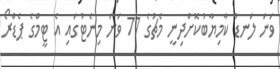
ވަނަ ލަނޑު ކާމިޔާބުކޮށްދިނީ މެޗުގެ 77 ވަނަ މިނެޓުގައި އެ ޓީމްގެ ޕެޑްރޯ